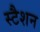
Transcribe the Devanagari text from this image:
स्टैशन